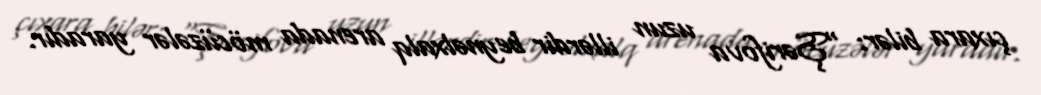
çıxara bilər: "Şərifova uzun illərdir beynəlxalq arenada möcüzələr yaradır.